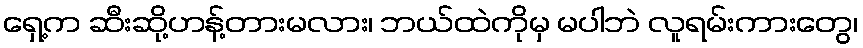
ရှေ့က ဆီးဆို့ဟန့်တားမလား၊ ဘယ်ထဲကိုမှ မပါဘဲ လူရမ်းကားတွေ၊